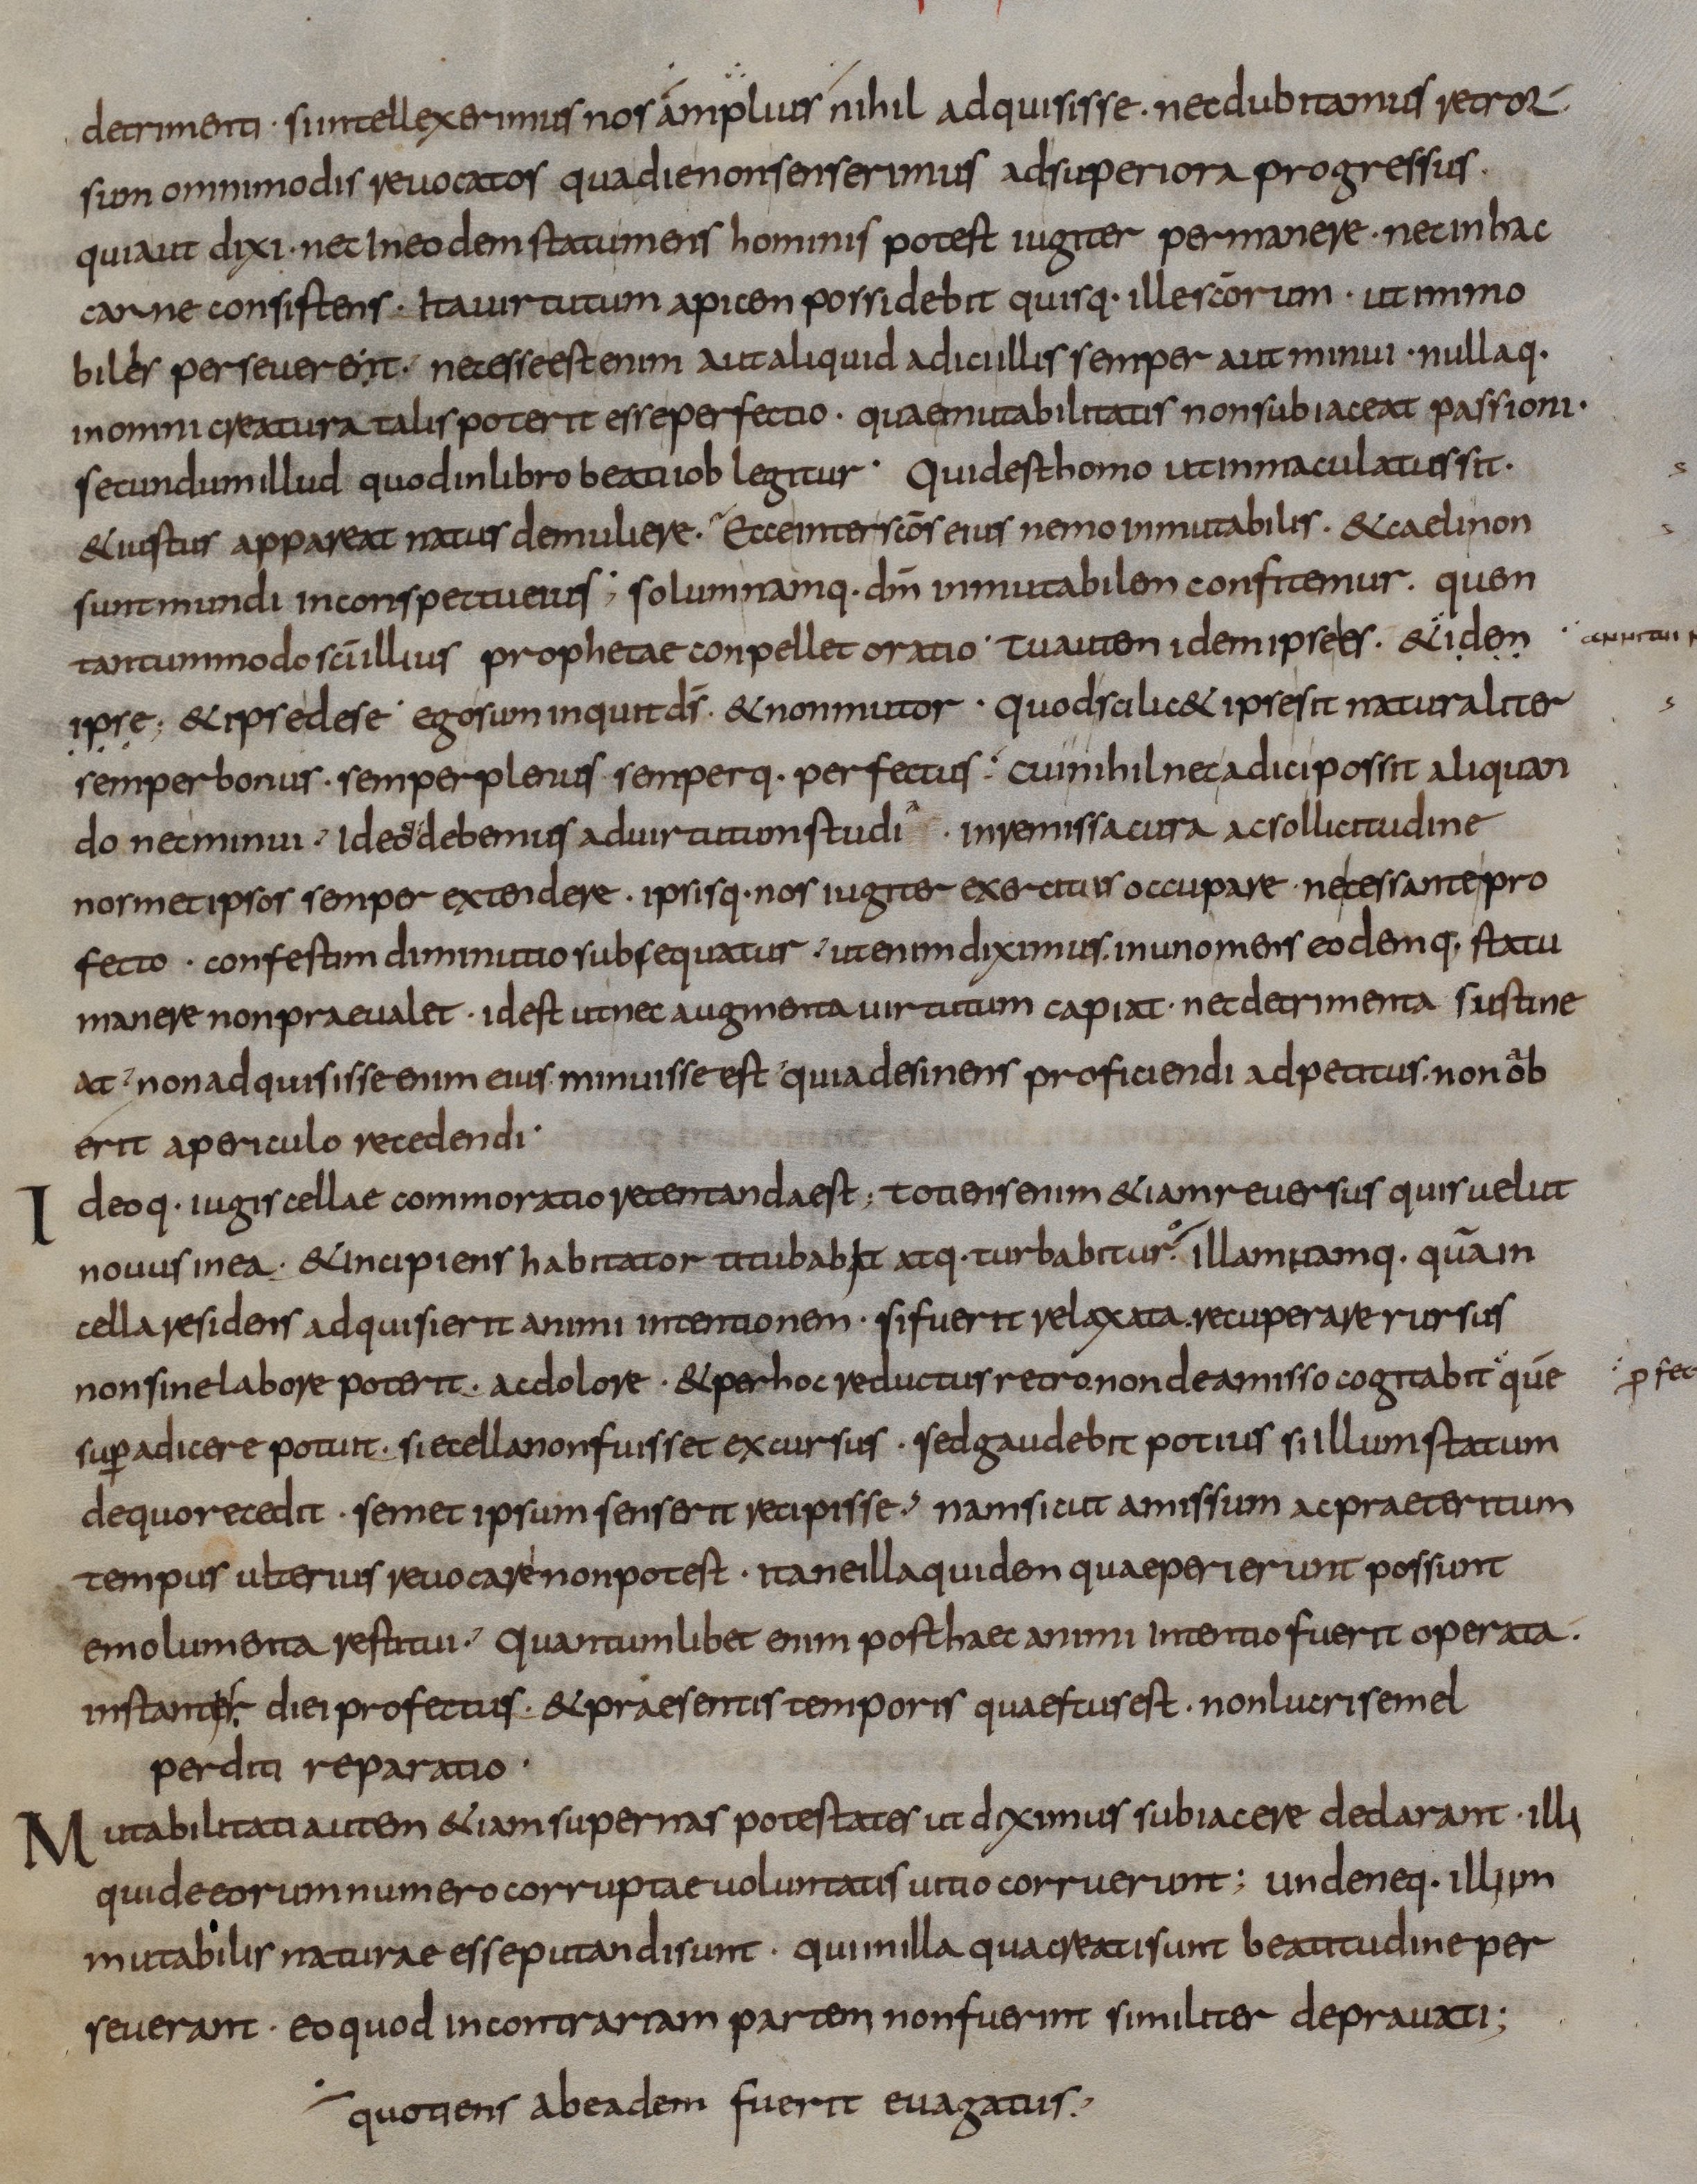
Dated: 833–865